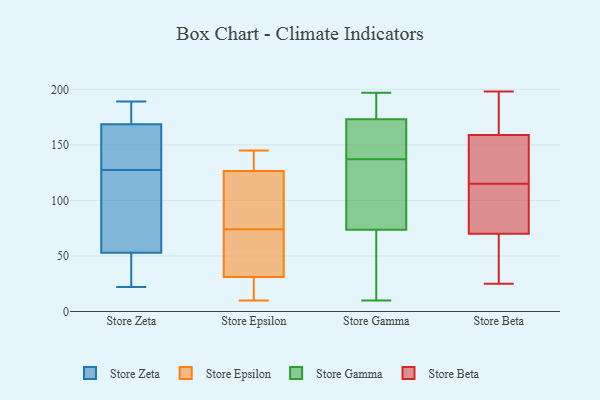
{"axis": {"x": "Revenue (USD Million)", "y": "Value"}, "legend": ["Store Beta", "Store Epsilon", "Store Gamma", "Store Zeta"], "data": [{"x": "", "y": 97, "type": "Store Zeta"}, {"x": "", "y": 64, "type": "Store Zeta"}, {"x": "", "y": 113, "type": "Store Zeta"}, {"x": "", "y": 22, "type": "Store Zeta"}, {"x": "", "y": 171, "type": "Store Zeta"}, {"x": "", "y": 31, "type": "Store Zeta"}, {"x": "", "y": 70, "type": "Store Zeta"}, {"x": "", "y": 168, "type": "Store Zeta"}, {"x": "", "y": 164, "type": "Store Zeta"}, {"x": "", "y": 37, "type": "Store Zeta"}, {"x": "", "y": 22, "type": "Store Zeta"}, {"x": "", "y": 170, "type": "Store Zeta"}, {"x": "", "y": 186, "type": "Store Zeta"}, {"x": "", "y": 159, "type": "Store Zeta"}, {"x": "", "y": 189, "type": "Store Zeta"}, {"x": "", "y": 142, "type": "Store Zeta"}, {"x": "", "y": 103, "type": "Store Zeta"}, {"x": "", "y": 169, "type": "Store Zeta"}, {"x": "", "y": 160, "type": "Store Zeta"}, {"x": "", "y": 42, "type": "Store Zeta"}, {"x": "", "y": 66, "type": "Store Epsilon"}, {"x": "", "y": 122, "type": "Store Epsilon"}, {"x": "", "y": 29, "type": "Store Epsilon"}, {"x": "", "y": 143, "type": "Store Epsilon"}, {"x": "", "y": 144, "type": "Store Epsilon"}, {"x": "", "y": 110, "type": "Store Epsilon"}, {"x": "", "y": 100, "type": "Store Epsilon"}, {"x": "", "y": 10, "type": "Store Epsilon"}, {"x": "", "y": 96, "type": "Store Epsilon"}, {"x": "", "y": 34, "type": "Store Epsilon"}, {"x": "", "y": 145, "type": "Store Epsilon"}, {"x": "", "y": 30, "type": "Store Epsilon"}, {"x": "", "y": 46, "type": "Store Epsilon"}, {"x": "", "y": 29, "type": "Store Epsilon"}, {"x": "", "y": 128, "type": "Store Epsilon"}, {"x": "", "y": 130, "type": "Store Epsilon"}, {"x": "", "y": 74, "type": "Store Epsilon"}, {"x": "", "y": 29, "type": "Store Epsilon"}, {"x": "", "y": 59, "type": "Store Epsilon"}, {"x": "", "y": 21, "type": "Store Gamma"}, {"x": "", "y": 179, "type": "Store Gamma"}, {"x": "", "y": 98, "type": "Store Gamma"}, {"x": "", "y": 141, "type": "Store Gamma"}, {"x": "", "y": 113, "type": "Store Gamma"}, {"x": "", "y": 10, "type": "Store Gamma"}, {"x": "", "y": 79, "type": "Store Gamma"}, {"x": "", "y": 193, "type": "Store Gamma"}, {"x": "", "y": 165, "type": "Store Gamma"}, {"x": "", "y": 175, "type": "Store Gamma"}, {"x": "", "y": 135, "type": "Store Gamma"}, {"x": "", "y": 49, "type": "Store Gamma"}, {"x": "", "y": 171, "type": "Store Gamma"}, {"x": "", "y": 139, "type": "Store Gamma"}, {"x": "", "y": 64, "type": "Store Gamma"}, {"x": "", "y": 79, "type": "Store Gamma"}, {"x": "", "y": 180, "type": "Store Gamma"}, {"x": "", "y": 197, "type": "Store Gamma"}, {"x": "", "y": 68, "type": "Store Gamma"}, {"x": "", "y": 139, "type": "Store Gamma"}, {"x": "", "y": 142, "type": "Store Beta"}, {"x": "", "y": 121, "type": "Store Beta"}, {"x": "", "y": 188, "type": "Store Beta"}, {"x": "", "y": 196, "type": "Store Beta"}, {"x": "", "y": 169, "type": "Store Beta"}, {"x": "", "y": 134, "type": "Store Beta"}, {"x": "", "y": 61, "type": "Store Beta"}, {"x": "", "y": 102, "type": "Store Beta"}, {"x": "", "y": 79, "type": "Store Beta"}, {"x": "", "y": 198, "type": "Store Beta"}, {"x": "", "y": 109, "type": "Store Beta"}, {"x": "", "y": 30, "type": "Store Beta"}, {"x": "", "y": 34, "type": "Store Beta"}, {"x": "", "y": 108, "type": "Store Beta"}, {"x": "", "y": 25, "type": "Store Beta"}, {"x": "", "y": 149, "type": "Store Beta"}]}